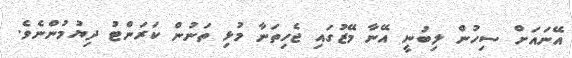
އޭނައަށް ސިހުން ލިބުނީ އޭނާ މޭޒުގައި ޖެހިތަނާ މުޅި ތަނުން ކަރަންޓު ދިޔުމުންނެވެ.